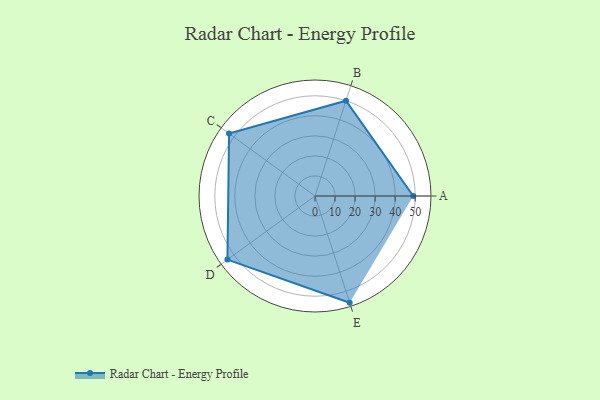
{"axis": {"x": "Skill", "y": "Score"}, "legend": ["Profile"], "data": [{"x": "A", "y": 49.0, "type": "Profile"}, {"x": "B", "y": 50.0, "type": "Profile"}, {"x": "C", "y": 53.0, "type": "Profile"}, {"x": "D", "y": 54.0, "type": "Profile"}, {"x": "E", "y": 56.0, "type": "Profile"}]}